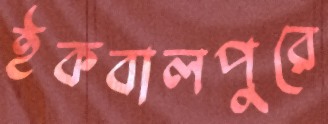
ইকবালপুরে